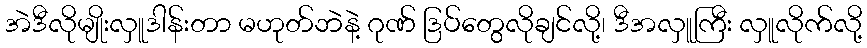
အဲဒီလိုမျိုးလှူဒါန်းတာ မဟုတ်ဘဲနဲ့ ဂုဏ် ဒြပ်တွေလိုချင်လို့၊ ဒီအလှူကြီး လှူလိုက်လို့